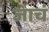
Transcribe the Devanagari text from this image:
जाचं